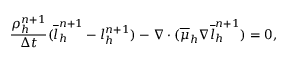
\frac { \rho _ { h } ^ { n + 1 } } { \Delta t } ( \overline { { l } } _ { h } ^ { n + 1 } - l _ { h } ^ { n + 1 } ) - \nabla \cdot ( \overline { { \mu } } _ { h } \nabla \overline { { l } } _ { h } ^ { n + 1 } ) = 0 ,